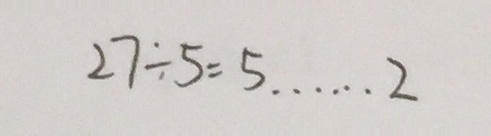
2 7 \div 5 = 5 \cdots 2